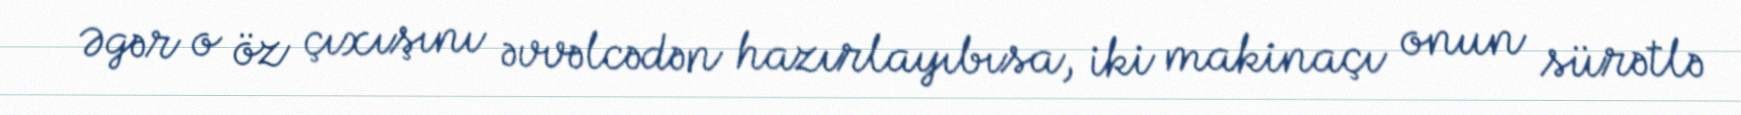
Əgər o öz çıxışını əvvəlcədən hazırlayıbısa, iki makinaçı onun sürətlə